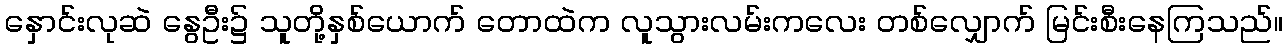
နှောင်းလုဆဲ နွေဦး၌ သူတို့နှစ်ယောက် တောထဲက လူသွားလမ်းကလေး တစ်လျှောက် မြင်းစီးနေကြသည်။